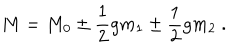
LaTeX: M = M _ { 0 } \pm { \frac { 1 } { 2 } } g m _ { 1 } \pm { \frac { 1 } { 2 } } g m _ { 2 } \ .